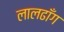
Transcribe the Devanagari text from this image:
लालढाँग